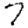
Digit: 7